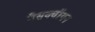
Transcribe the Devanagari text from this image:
गैसक्वॉयन